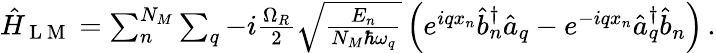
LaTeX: \begin{array}{r}{\hat{H}_{\mathrm{~L~M~}}=\sum_{n}^{N_{M}}\sum_{q}-i\frac{\Omega_{R}}{2}\sqrt{\frac{E_{n}}{N_{M}\hbar\omega_{q}}}\left(e^{iqx_{n}}\hat{b}_{n}^{\dagger}\hat{a}_{q}-e^{-iqx_{n}}\hat{a}_{q}^{\dagger}\hat{b}_{n}\right)\, .}\end{array}